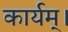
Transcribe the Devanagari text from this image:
कार्यम्।